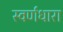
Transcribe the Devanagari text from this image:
स्वर्णधारा